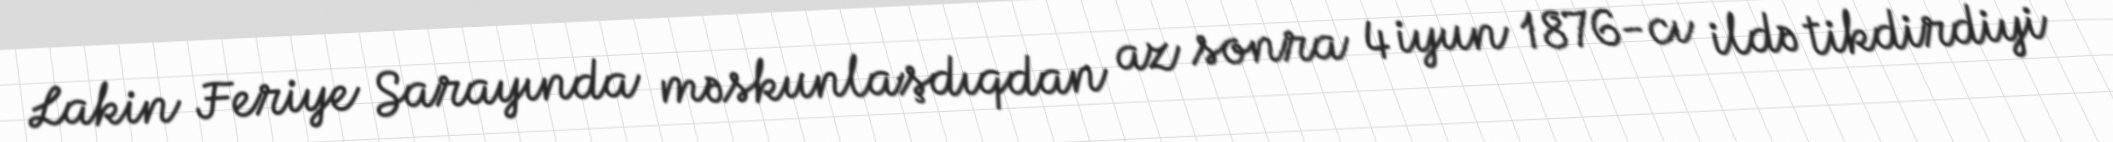
Lakin Feriye Sarayında məskunlaşdıqdan az sonra 4 iyun 1876-cı ildə tikdirdiyi